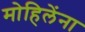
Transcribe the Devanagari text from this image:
मोहिलेंना